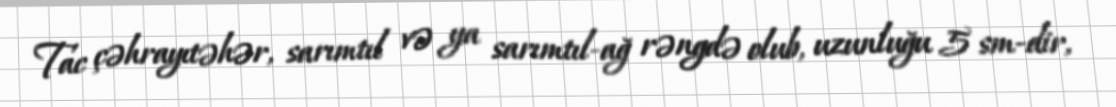
Tac çəhrayıtəhər, sarımtıl və ya sarımtıl-ağ rəngdə olub, uzunluğu 5 sm-dir,